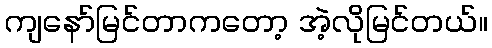
ကျနော်မြင်တာကတော့ အဲ့လိုမြင်တယ်။